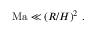
\begin{array} { r } { \ \mathrm { M a } \ll ( R / H ) ^ { 2 } \ . \qquad \qquad } \end{array}